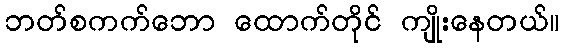
ဘတ်စကက်ဘော ထောက်တိုင် ကျိုးနေတယ်။